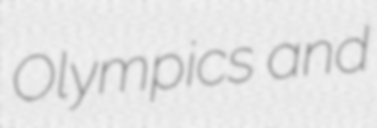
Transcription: Olympics and